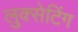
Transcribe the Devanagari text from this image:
लुक्सेटिंग